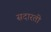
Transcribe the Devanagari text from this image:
सदारती